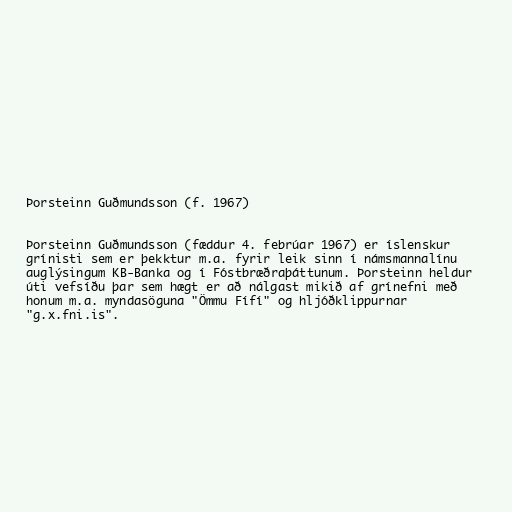
Þorsteinn Guðmundsson (f. 1967)

Þorsteinn Guðmundsson (fæddur 4. febrúar 1967) er íslenskur
grínisti sem er þekktur m.a. fyrir leik sinn í námsmannalínu
auglýsingum KB-Banka og í Fóstbræðraþáttunum. Þorsteinn heldur
úti vefsíðu þar sem hægt er að nálgast mikið af grínefni með
honum m.a. myndasöguna "Ömmu Fífí" og hljóðklippurnar
"g.x.fni.is".